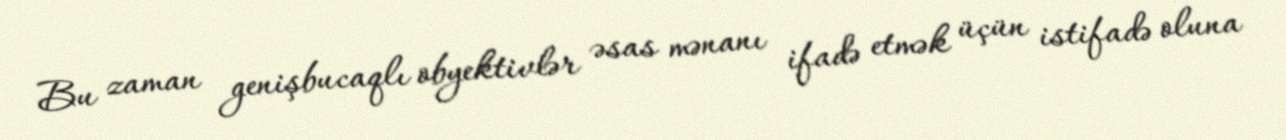
Bu zaman genişbucaqlı obyektivlər əsas mənanı ifadə etmək üçün istifadə oluna